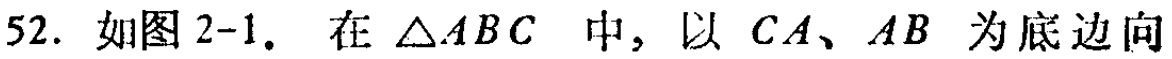
52. 如图2-1. 在 \(\triangle ABC\) 中，以 \(CA、AB\) 为底边向